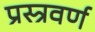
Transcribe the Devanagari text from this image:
प्रस्त्रवर्ण